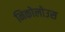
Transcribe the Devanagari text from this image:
निकोलोउस